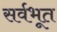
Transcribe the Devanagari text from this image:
सर्वभूत